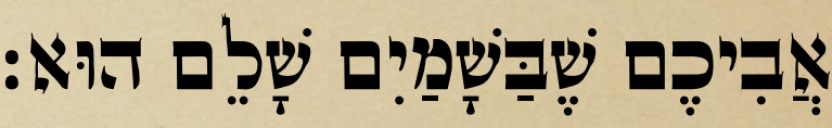
אֲבִיכֶם שֶׁבַּשָׁמַיִם שָׁלֵם הוּא׃